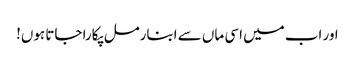
اور اب میں اسی ماں سے ابنارمل پکارا جاتا ہوں!